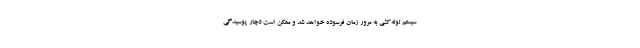
سیستم لوله‌کشی به مرور زمان فرسوده خواهد شد و ممکن است دچار پوسیدگی